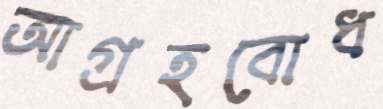
আগ্রহবোধ